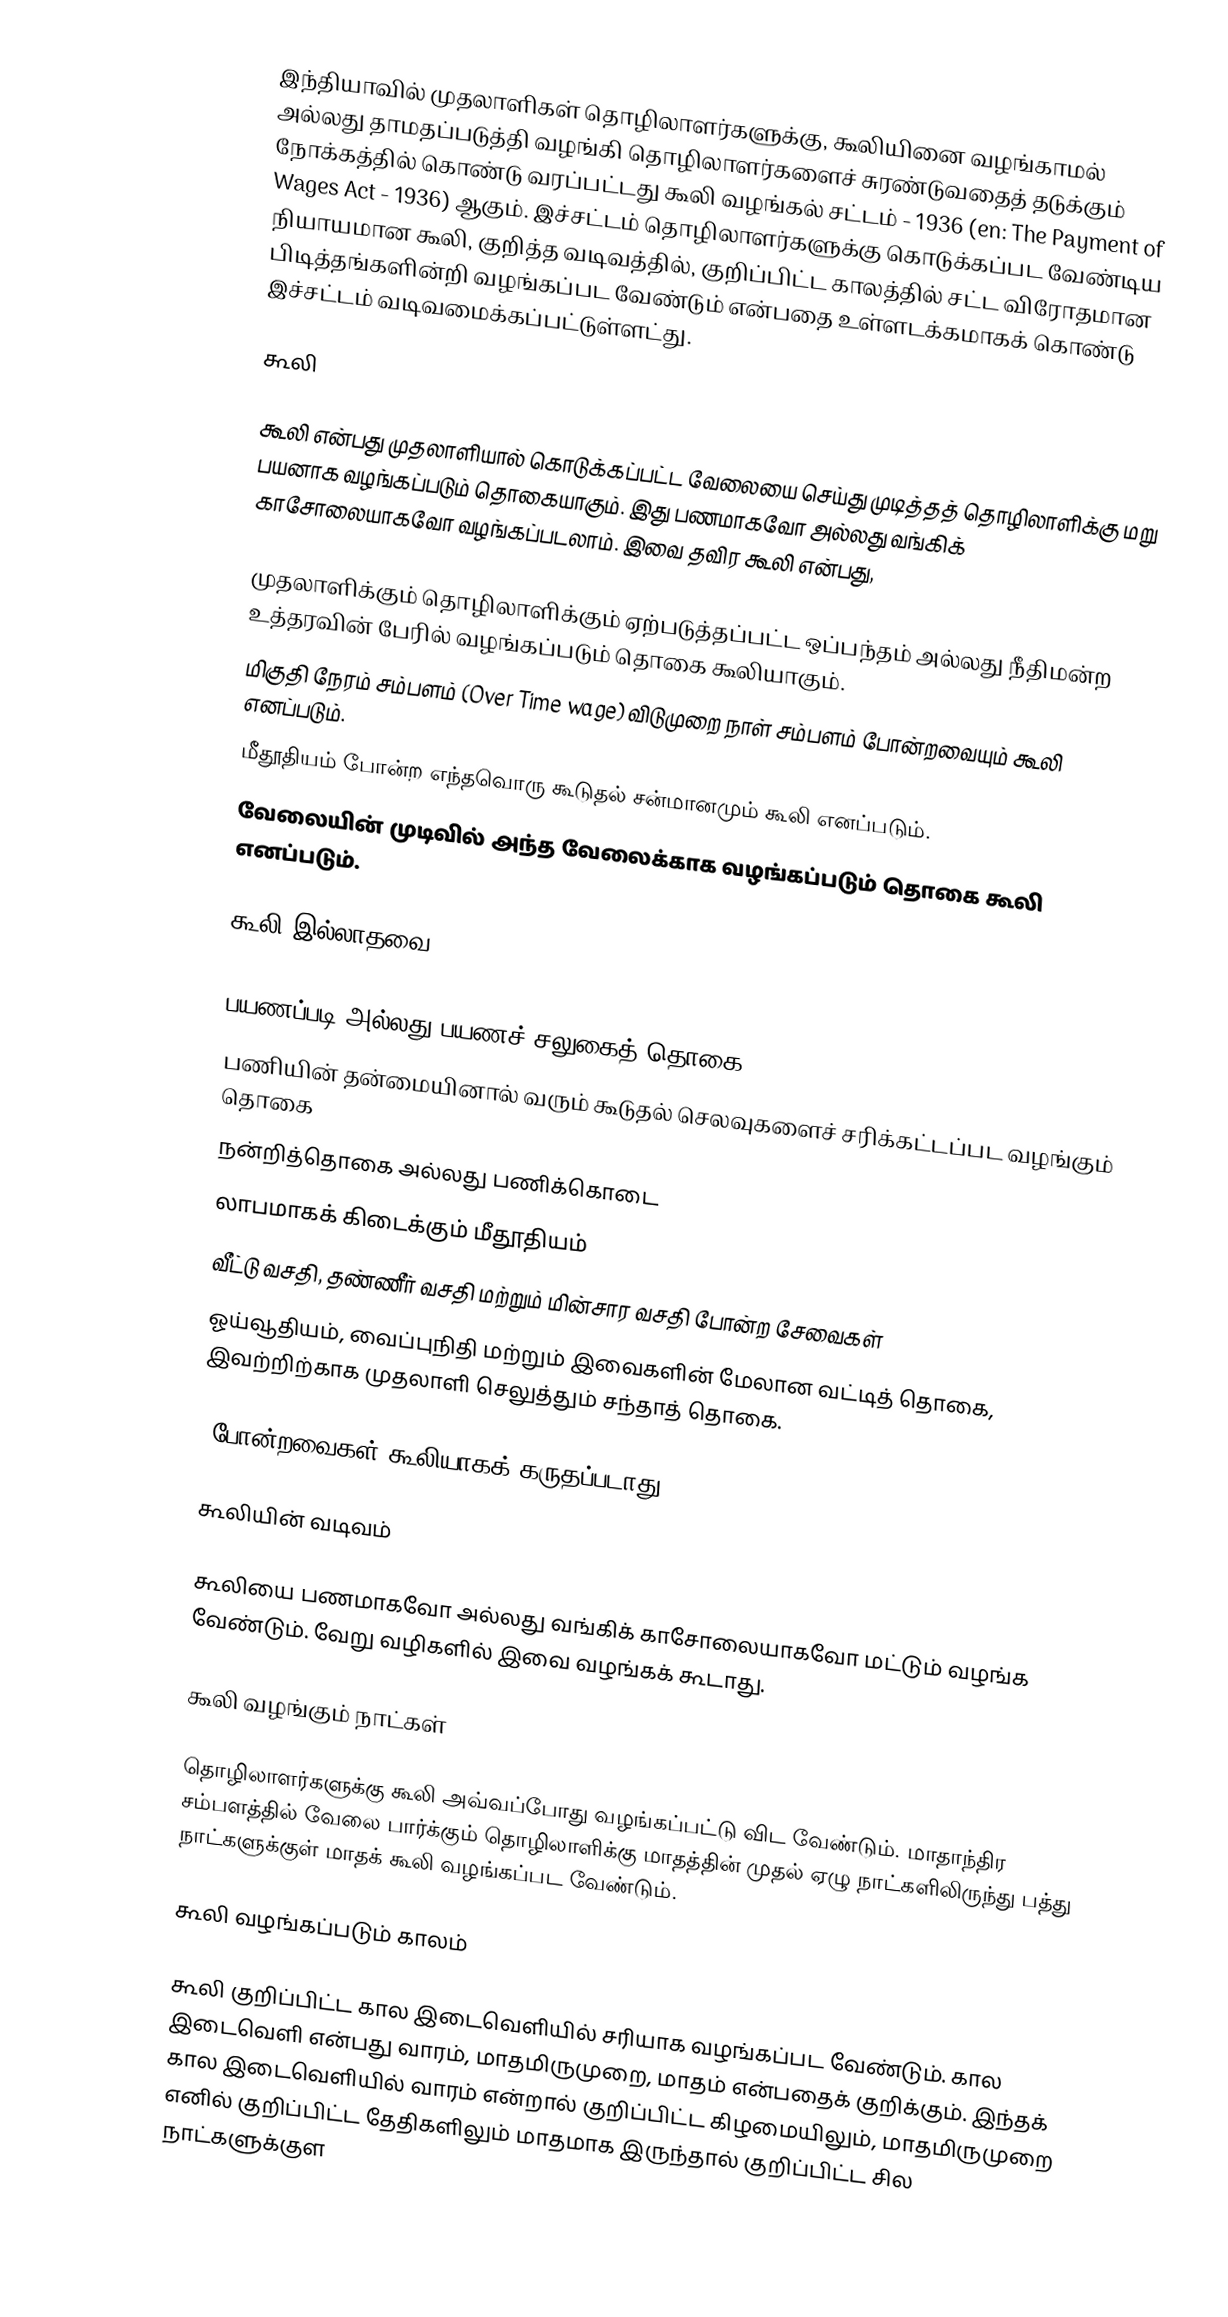
இந்தியாவில் முதலாளிகள் தொழிலாளர்களுக்கு, கூலியினை வழங்காமல் அல்லது தாமதப்படுத்தி வழங்கி தொழிலாளர்களைச் சுரண்டுவதைத் தடுக்கும் நோக்கத்தில் கொண்டு வரப்பட்டது கூலி வழங்கல் சட்டம் - 1936 (en: The Payment of Wages Act - 1936) ஆகும். இச்சட்டம் தொழிலாளர்களுக்கு கொடுக்கப்பட வேண்டிய நியாயமான கூலி, குறித்த வடிவத்தில், குறிப்பிட்ட காலத்தில் சட்ட விரோதமான பிடித்தங்களின்றி வழங்கப்பட வேண்டும் என்பதை உள்ளடக்கமாகக் கொண்டு இச்சட்டம் வடிவமைக்கப்பட்டுள்ளட்து.

கூலி

கூலி என்பது முதலாளியால் கொடுக்கப்பட்ட வேலையை செய்து முடித்தத் தொழிலாளிக்கு மறு பயனாக வழங்கப்படும் தொகையாகும். இது பணமாகவோ அல்லது வங்கிக் காசோலையாகவோ வழங்கப்படலாம். இவை தவிர கூலி என்பது,

முதலாளிக்கும் தொழிலாளிக்கும் ஏற்படுத்தப்பட்ட ஒப்பந்தம் அல்லது நீதிமன்ற உத்தரவின் பேரில் வழங்கப்படும் தொகை கூலியாகும்.
மிகுதி நேரம் சம்பளம் (Over Time wage) விடுமுறை நாள் சம்பளம் போன்றவையும் கூலி எனப்படும்.
மீதூதியம் போன்ற  எந்தவொரு கூடுதல் சன்மானமும் கூலி எனப்படும்.
வேலையின் முடிவில் அந்த வேலைக்காக வழங்கப்படும் தொகை கூலி எனப்படும்.

கூலி இல்லாதவை

பயணப்படி அல்லது பயணச் சலுகைத் தொகை
பணியின் தன்மையினால் வரும் கூடுதல் செலவுகளைச் சரிக்கட்டப்பட வழங்கும் தொகை
நன்றித்தொகை அல்லது பணிக்கொடை
லாபமாகக் கிடைக்கும் மீதூதியம்
வீட்டு வசதி, தண்ணீர் வசதி மற்றும் மின்சார வசதி போன்ற சேவைகள்
ஓய்வூதியம், வைப்புநிதி மற்றும் இவைகளின் மேலான வட்டித் தொகை, இவற்றிற்காக முதலாளி செலுத்தும் சந்தாத் தொகை.

-போன்றவைகள் கூலியாகக் கருதப்படாது.

கூலியின் வடிவம்

கூலியை பணமாகவோ அல்லது வங்கிக் காசோலையாகவோ மட்டும் வழங்க வேண்டும். வேறு வழிகளில் இவை வழங்கக் கூடாது.

கூலி வழங்கும் நாட்கள்

தொழிலாளர்களுக்கு கூலி அவ்வப்போது வழங்கப்பட்டு விட வேண்டும். மாதாந்திர சம்பளத்தில் வேலை பார்க்கும் தொழிலாளிக்கு மாதத்தின் முதல் ஏழு நாட்களிலிருந்து பத்து நாட்களுக்குள் மாதக் கூலி வழங்கப்பட வேண்டும்.

கூலி வழங்கப்படும் காலம்

கூலி குறிப்பிட்ட கால இடைவெளியில் சரியாக வழங்கப்பட வேண்டும். கால இடைவெளி என்பது வாரம், மாதமிருமுறை, மாதம் என்பதைக் குறிக்கும். இந்தக் கால இடைவெளியில் வாரம் என்றால் குறிப்பிட்ட கிழமையிலும், மாதமிருமுறை எனில் குறிப்பிட்ட தேதிகளிலும் மாதமாக இருந்தால் குறிப்பிட்ட சில நாட்களுக்குள